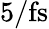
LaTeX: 5/\mathrm{fs}